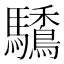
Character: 𩧒